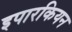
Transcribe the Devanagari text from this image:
इपारकियन